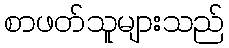
စာဖတ်သူများသည်